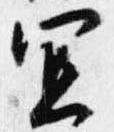
宜